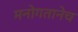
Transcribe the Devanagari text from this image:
मनोगतानेच